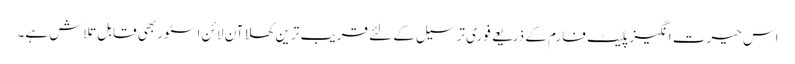
اس حیرت انگیز پلیٹ فارم کے ذریعے فوری ترسیل کے لئے قریب ترین کھلا آن لائن اسٹور بھی قابل تلاش ہے۔